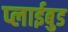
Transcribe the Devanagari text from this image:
प्लाईबुड